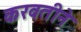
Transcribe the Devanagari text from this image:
करवतीने